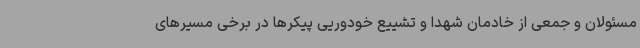
مسئولان و جمعی از خادمان شهدا و تشییع خودوریی پیکرها در برخی مسیرهای